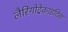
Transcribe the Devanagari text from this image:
लैरिंगोट्रेकाइटिस